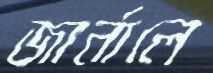
জার্নালে